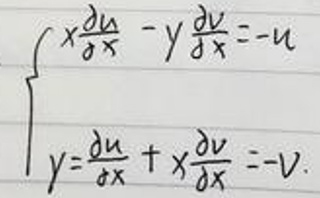
\begin{align*}
x\frac{du}{dx}-y\frac{dv}{dx}&=-u\\
y&=\frac{du}{dx}+x\frac{dv}{dx}=-v
\end{align*}